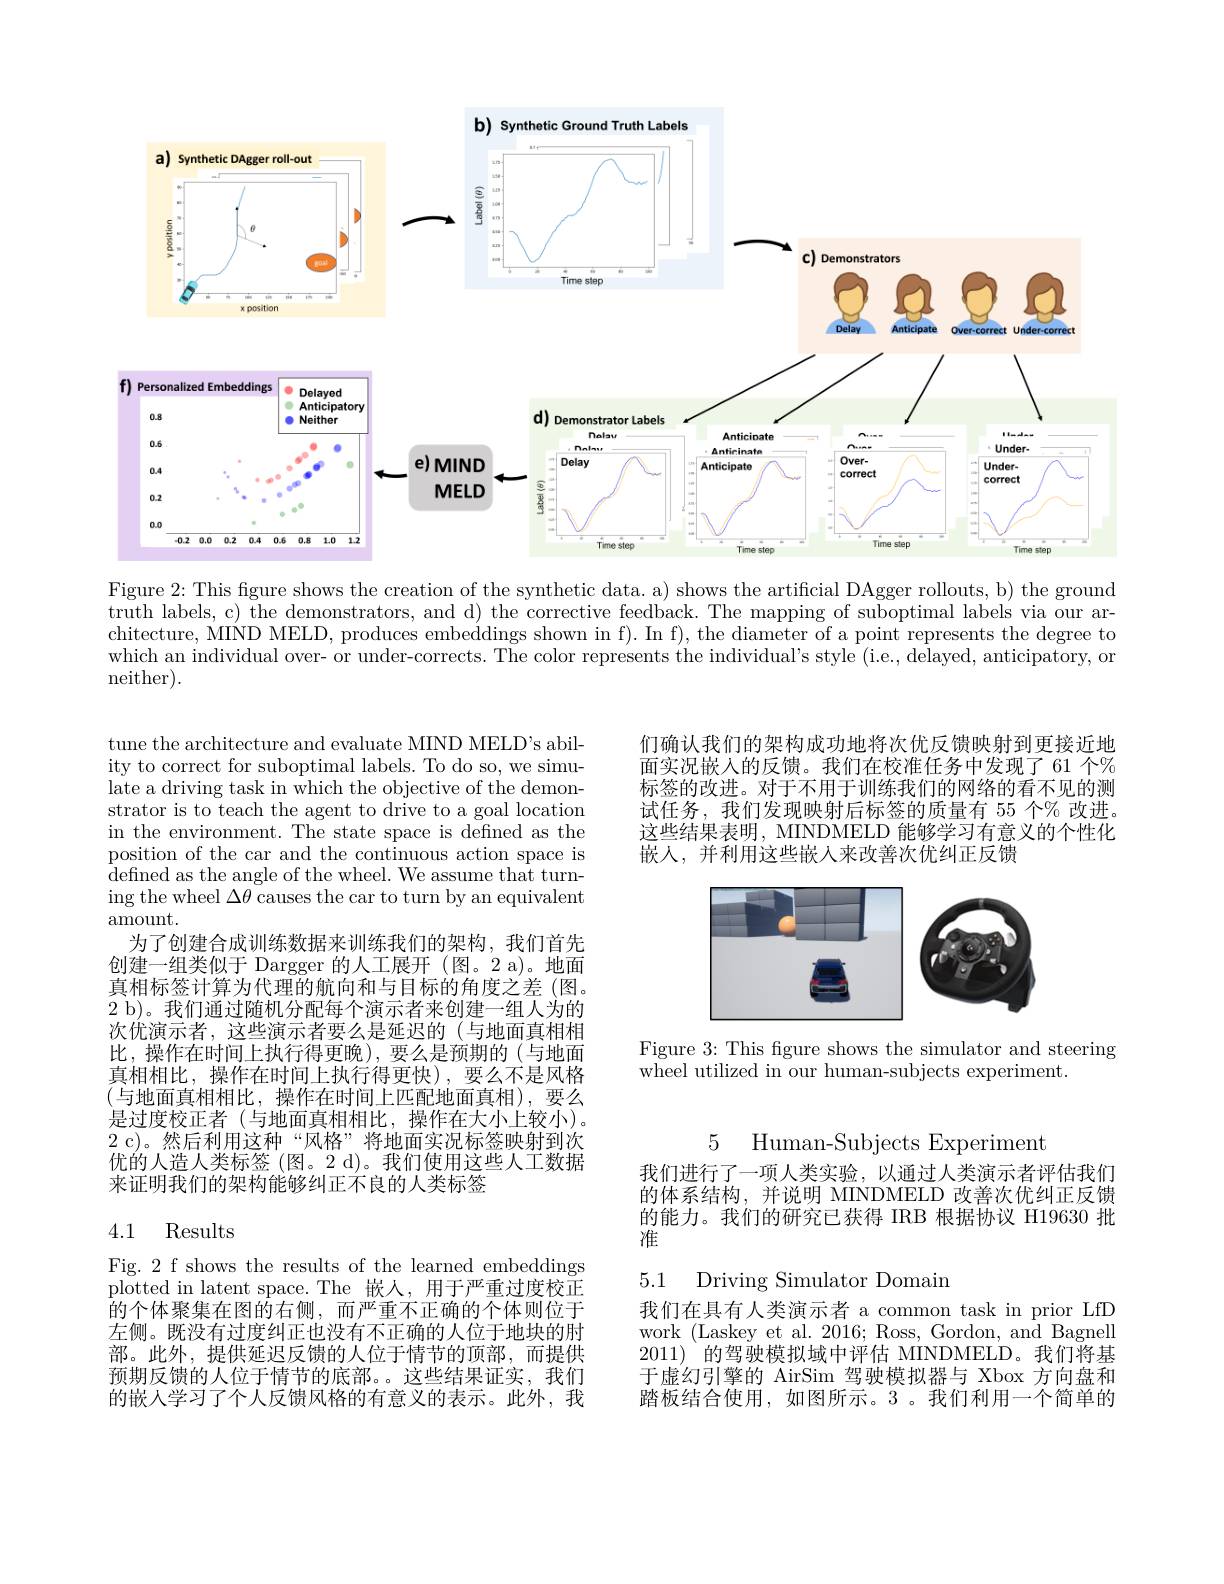
<FigureHere>
Figure 2: This figure shows the creation of the synthetic data. a) shows the artificial DAgger rollouts, b) the ground

truth labels, c) the demonstrators, and d) the corrective feedback. The mapping of suboptimal labels via our architecture, MIND MELD, produces embeddings shown in f). In f), the diameter of a point represents the degree to which an individual over- or under-corrects. The color represents the individual's style (i.e., delayed, anticipatory, or neither).

tune the architecture and evaluate MIND MELD's ability to correct for suboptimal labels. To do so, we simulate a driving task in which the objective of the demonstrator is to teach the agent to drive to a goal location in the environment. The state space is defined as the position of the car and the continuous action space is $\bar{\text{defined as the angle of the wheel. We assume that turn-}}$ ing the wheel $\Delta\theta$ causes the car to turn by an equivalent amount.
为了创建合成训练数据来训练我们的架构，我们首先创建一组类似于 Dargger 的人工展开 (图。2 a)。地面真相标签计算为代理的航向和与目标的角度之差(图。2 b)。我们通过随机分配每个演示者来创建一组人为的次优演示者，这些演示者要么是延迟的(与地面真相相比，操作在时间上执行得更晚),要么是预期的(与地面真相相比，操作在时间上执行得更快),要么不是风格(与地面真相相比，操作在时间上匹配地面真相),要么是过度校正者(与地面真相相比，操作在大小上较小)。2 c)。然后利用这种“风格”将地面实况标签映射到次优的人造人类标签 (图。2 d)。我们使用这些人工数据来证明我们的架构能够纠正不良的人类标签

### 4.1 Results

Fig. 2 f shows the results of the learned embeddings plotted in latent space. The 嵌人，用于严重过度校正的个体聚集在图的右侧，而严重不正确的个体则位于左侧。既没有过度纠正也没有不正确的人位于地块的肘部。此外，提供延迟反馈的人位于情节的顶部，而提供预期反馈的人位于情节的底部。。这些结果证实，我们的嵌人学习了个人反馈风格的有意义的表示。此外，我

们确认我们的架构成功地将次优反馈映射到更接近地面实况嵌入的反馈。我们在校准任务中发现了 61 个% 标签的改进。对于不用于训练我们的网络的看不见的测试任务，我们发现映射后标签的质量有 55 个% 改进。这些结果表明，MINDMELD 能够学习有意义的个性化嵌入，并利用这些嵌入来改善次优纠正反馈

<FigureHere>

Figure 3: This figure shows the simulator and steering
wheel utilized in our human-subjects experiment.

5

Human-Subjects Experiment

我们进行了一项人类实验，以通过人类演示者评估我们的体系结构，并说明 MINDMELD 改善次优纠正反馈的能力。我们的研究已获得 IRB 根据协议 H19630 批淮

## 5.1 Driving Simulator Domain

我们在具有人类演示者 a common task in prior LfD work (Laskey et al.2016; Ross, Gordon, and Bagnell 2011) 的驾驶模拟域中评估 MINDMELD。我们将基于虚幻引擎的 AirSim 驾驶模拟器与 Xbox 方向盘和踏板结合使用，如图所示。3 。我们利用一个简单的